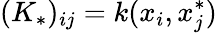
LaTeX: (K_{*})_{ij}=k(x_{i},x_{j}^{*})